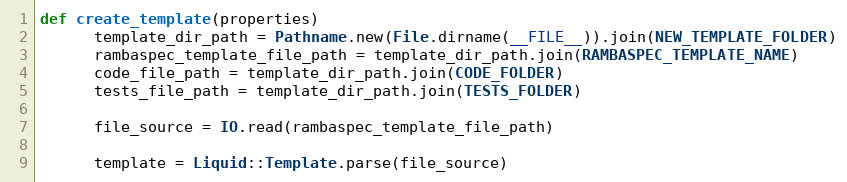
Language: Ruby
def create_template(properties)
      template_dir_path = Pathname.new(File.dirname(__FILE__)).join(NEW_TEMPLATE_FOLDER)
      rambaspec_template_file_path = template_dir_path.join(RAMBASPEC_TEMPLATE_NAME)
      code_file_path = template_dir_path.join(CODE_FOLDER)
      tests_file_path = template_dir_path.join(TESTS_FOLDER)

      file_source = IO.read(rambaspec_template_file_path)

      template = Liquid::Template.parse(file_source)